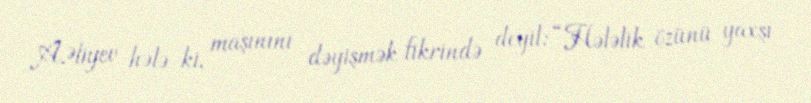
A.Əliyev hələ ki, maşınını dəyişmək fikrində deyil: “Hələlik özünü yaxşı